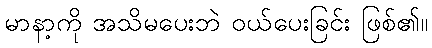
မာနာ့ကို အသိမပေးဘဲ ဝယ်ပေးခြင်း ဖြစ်၏။